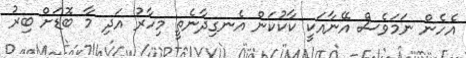
އެހެން ނަމަވެސް އޭނާއަކީ ކާކުކަން އެނގިދާނެތީ މިހާރު އަދި މާ ބޮޑަށް ބިރު